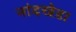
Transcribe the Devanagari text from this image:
नांदखेडा